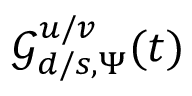
\mathcal { G } _ { d / s , \Psi } ^ { u / v } ( t )